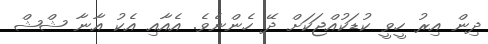
ދިން އިރު ހީވީ ކުޑަކުއްޖަކަށް ދޭ ހެންނެވެ. އެއާއި އެކު އާނާ ޝްޝް